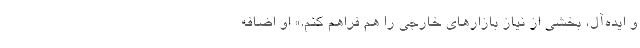
و ایده‌آل، بخشی از نیاز بازارهای خارجی را هم فراهم کنم.» او اضافه